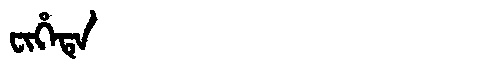
Manchu: ᠸᡳᡥᡝᡨᡝ
Romanization: FIHETE